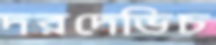
দরদেভিচ